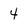
Character: 4